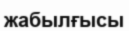
жабылғысы